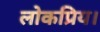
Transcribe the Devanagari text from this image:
लोकप्रिय।